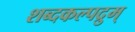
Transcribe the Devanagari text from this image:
शब्दकल्पद्रुम्